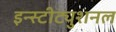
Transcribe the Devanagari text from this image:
इन्स्टीट्युशनल